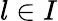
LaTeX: l\in{I}